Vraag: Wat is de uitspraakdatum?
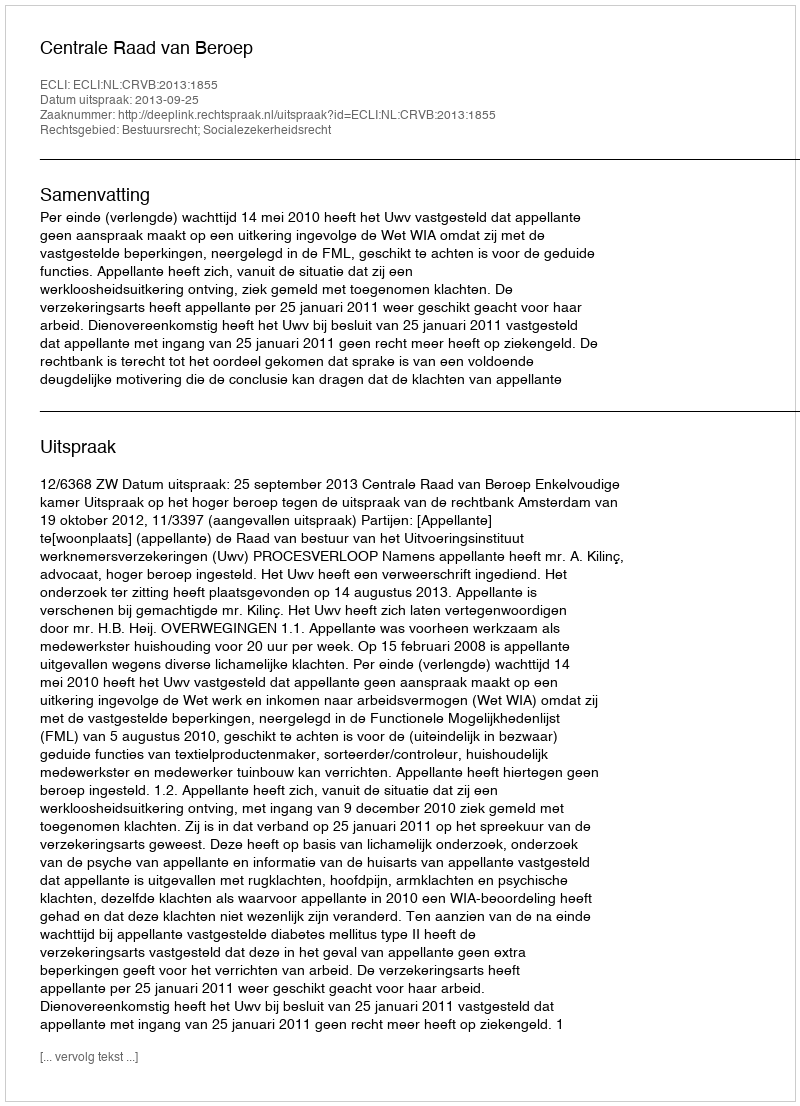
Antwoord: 2013-09-25